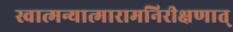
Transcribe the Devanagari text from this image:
स्वात्मन्यात्मारामनिरीक्षणात्